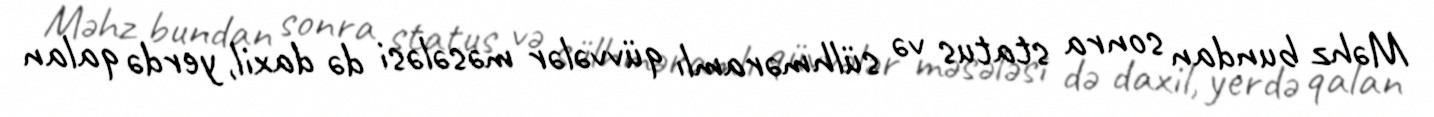
Məhz bundan sonra status və sülhməramlı qüvvələr məsələsi də daxil, yerdə qalan